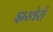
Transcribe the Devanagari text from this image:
झरवेरी